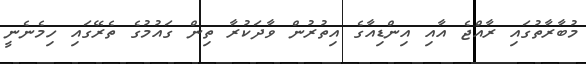
މުބާރާތުގައި ރާއްޖެ އާއި އިންޑިއާގެ އިތުރުން ވާދަކުރާ ތިން ގައުމުގެ ތެރޭގައި ހިމެނެނީ